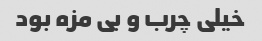
خیلی چرب و بی مزه بود